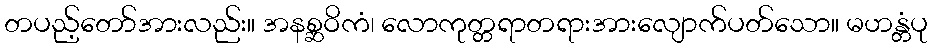
တပည့်တော်အားလည်း။ အနစ္ဆဝိကံ၊ လောကုတ္တရာတရားအားလျောက်ပတ်သော။ မဟန္တံပု